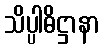
သိပ္ပါဓိဋ္ဌာနာ